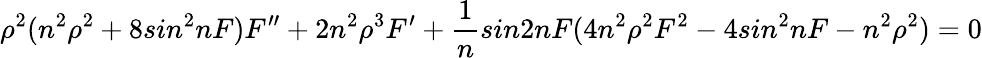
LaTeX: \rho^{2}(n^{2}\rho^{2}+8sin^{2}nF)F^{\prime\prime}+2n^{2}\rho^{3}F^{\prime}+\frac{1}{n}sin2nF(4n^{2}\rho^{2}F^{2}-4sin^{2}nF-n^{2}\rho^{2})=0